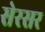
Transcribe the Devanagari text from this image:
सेरसर